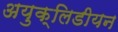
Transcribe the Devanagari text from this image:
अयुक्लिडीयन